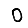
Digit: 0